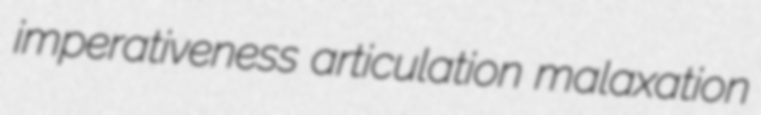
imperativeness articulation malaxation